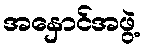
အနှောင်အဖွဲ့